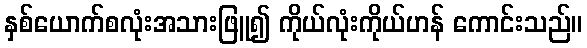
နှစ်ယောက်စလုံးအသားဖြူ၍ ကိုယ်လုံးကိုယ်ဟန် ကောင်းသည်။